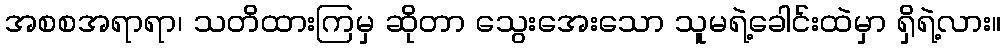
အစစအရာရာ၊ သတိထားကြမှ ဆိုတာ သွေးအေးသော သူမရဲ့ခေါင်းထဲမှာ ရှိရဲ့လား။